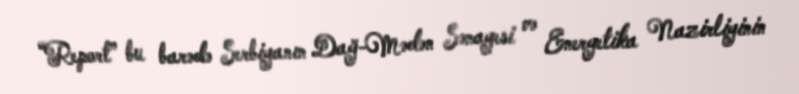
“Report” bu barədə Serbiyanın Dağ-Mədən Sənayesi və Energetika Nazirliyinin